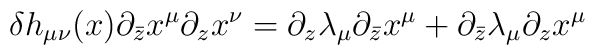
\delta h_{\mu\nu}(x)\partial_{\bar{z}}x^{\mu}\partial_{z}x^{\nu}=\partial_z\lambda_{\mu}\partial_{\bar{z}}x^{\mu} + \partial_{\bar{z}}\lambda_{\mu}\partial_{z}x^{\mu}